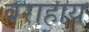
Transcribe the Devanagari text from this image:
वराहाय